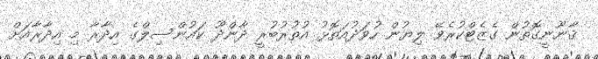
ޤާނޫނީގޮތުން ގެޒެޓްކުރެވޭ ލިޔުން ހުވަދުއަތޮޅު އުތުރުބުރީ ދާންދޫ ކައުންސިލްގެ އިދާރާ މި އިދާރާއަށް